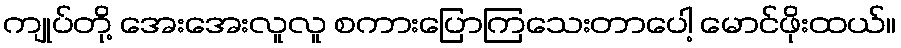
ကျုပ်တို့ အေးအေးလူလူ စကားပြောကြသေးတာပေါ့ မောင်ဖိုးထယ်။